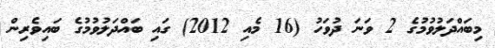
މިބައްދަލުވުމުގެ 2 ވަނަ ދުވަހު (16 މެއި 2012) ގައި ބައްދަލުވުމުގެ ބައިވެރިން